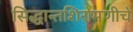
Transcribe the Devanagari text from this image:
सिद्धान्तशिरोमणीचे